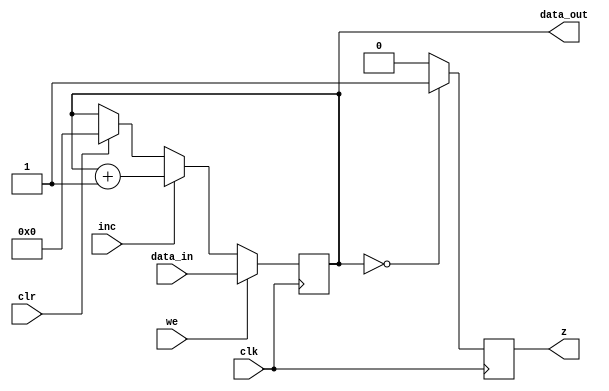
module accumulator#(parameter data_width = 16)
(input clk, 
input we, 
input clr,
input inc,
input [data_width-1:0] data_in, 
output reg[data_width-1:0] data_out,
output reg z);
 
initial begin 
	data_out = 8'd0;
	end
 
always @(posedge clk)
	begin 
		if(we==1)
			data_out <= data_in;
		else if(inc==1)
			data_out <= data_out + 8'd1;
		else if (clr==1)
			data_out <= 8'd0;

    if (data_out == 0)
        z <= 1;
    else
        z <= 0;    	
	end

endmodule